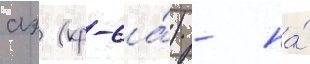
аэ (кр-6а́) - на́